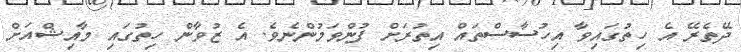
ދޭތެރޭ އެ ހިތުގައިވާ އިހުސާސްތައް އިތުރަށް ފުންވަމުންނެވެ. އެ ޒުވާން ހިތުގައި މާއިޝްއަށް